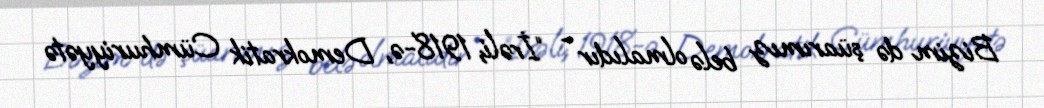
Bizim də şüarımız belə olmalıdır - “İrəli, 1918-ə, Demokratik Cümhuriyyətə